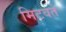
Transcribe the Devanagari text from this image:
मिटवते